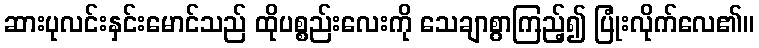
ဆားပုလင်းနှင်းမောင်သည် ထိုပစ္စည်းလေးကို သေချာစွာကြည့်၍ ပြုံးလိုက်လေ၏။